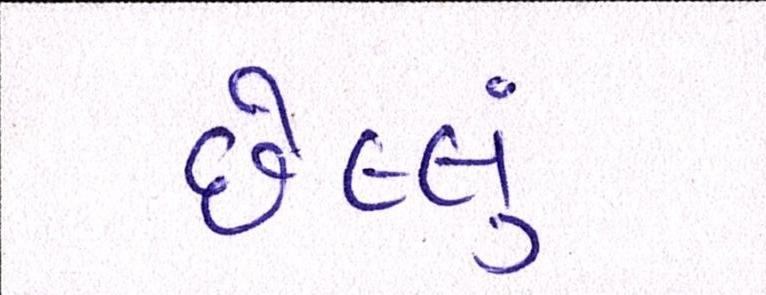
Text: છેલ્લું